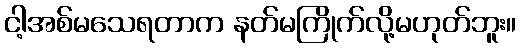
ငါ့အစ်မသေရတာက နတ်မကြိုက်လို့မဟုတ်ဘူး။